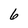
Character: 6